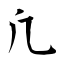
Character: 凢